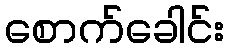
စောက်ခေါင်း